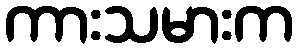
ကားသမားက